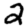
Digit: 2